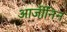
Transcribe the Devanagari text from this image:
आर्जीनिन